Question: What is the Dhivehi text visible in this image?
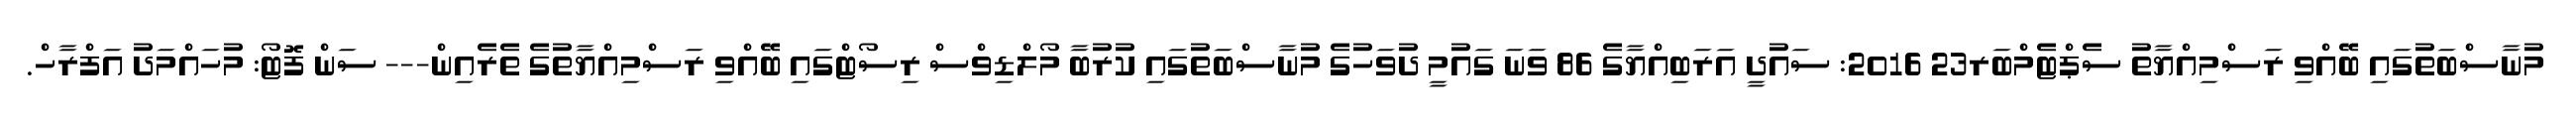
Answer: މުނާސްބަތުގައި ބޭއްވި ރަސްމިއްޔާތު ސެޕްޓެމްބަރ23 2016: ސައުދީ އަރަބިއްޔާގެ 86 ވަނަ ގައުމީ ދުވަހުގެ މުނާސްބަތުގައި ކުރުބާ މޯލްޑިވްސް ރިސޯޓްގައި ބޭއްވި ރަސްމިއްޔާތުގެ ތެރެއިން--- ސަން ފޮޓޯ: މުހައްމަދު އަފްރާހް.